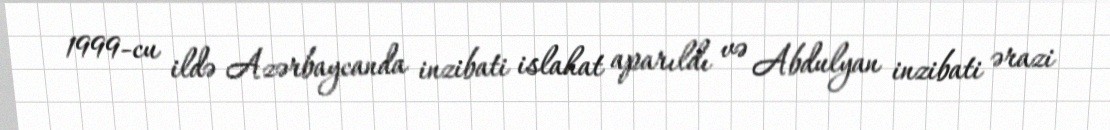
1999-cu ildə Azərbaycanda inzibati islahat aparıldı və Abdulyan inzibati ərazi